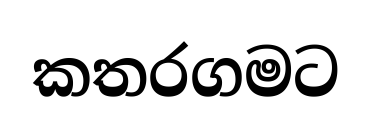
කතරගමට